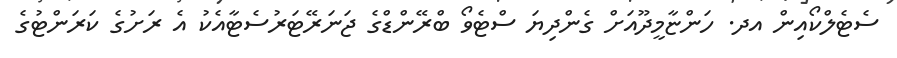
ސެޓެލްކޯއިން އދ. ހަންޏާމީދޫއަށް ގެންދިޔަ ސްޓެވޯ ބްރޭންޑްގެ ޖަނަރޭޓަރުސެޓާއެކު އެ ރަށުގެ ކަރަންޓުގެ